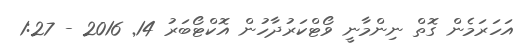
އަހަރަމެން ގޮތް ނިންމާނީ ވޯޓްކަރުދާހުން އޮކްޓޯބަރު 14